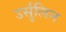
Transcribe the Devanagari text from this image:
उर्सुलिन